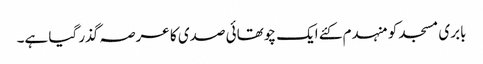
بابری مسجد کو منہدم کئے ایک چوتھائی صدی کا عرصہ گذر گیا ہے۔